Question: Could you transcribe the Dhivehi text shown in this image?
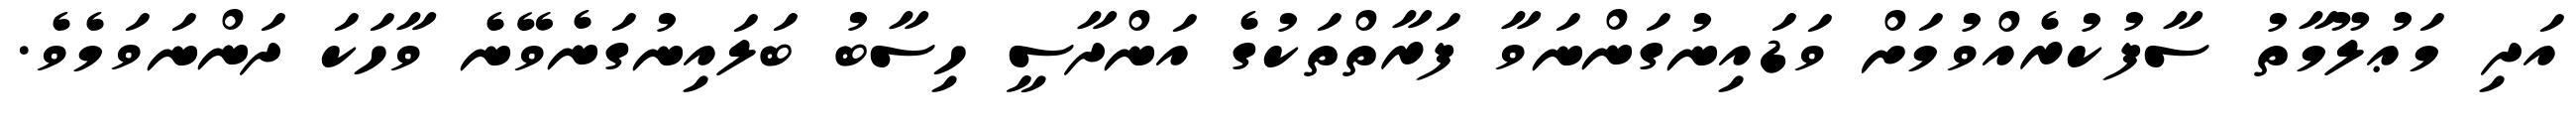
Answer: އަދި މަޢުލޫމާތު ސާފުކުރެއްވުމަށް ވަޑައިނުގަންނަވާ ފަރާތްތަކުގެ އަންދާސީ ހިސާބު ބަލައިނުގަނެވޭނެ ވާހަކަ ދަންނަވަމެވެ.